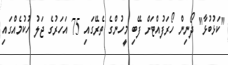
"ކަޅުބުޅާ" ދޯނިން ހޯރަފުއްޓަށް ފޭބި މީހުންގެ ތެރޭގައި 75 އަހަރުގެ ޖަލު ހުކުމެއްގައި